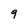
Character: 9